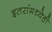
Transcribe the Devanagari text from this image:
इतरांमध्येही